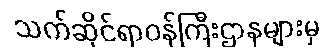
သက်ဆိုင်ရာဝန်ကြီးဌာနများမှ